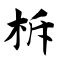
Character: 柝